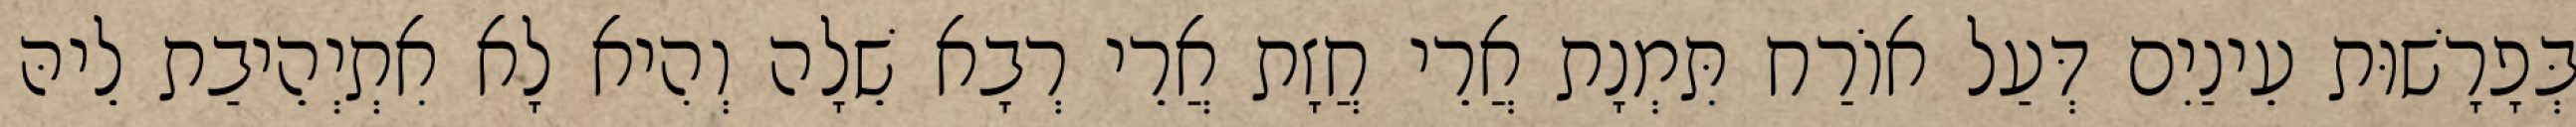
בְּפָרָשׁוּת עֵינַיִם דְּעַל אוֹרַח תִּמְנָת אֲרֵי חֲזָת אֲרֵי רְבָא שֵׁלָה וְהִיא לָא אִתְיְהֵיבַת לֵיהּ